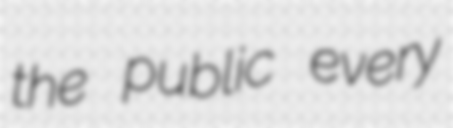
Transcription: the public every